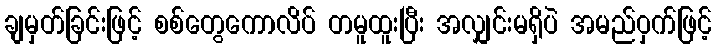
ချမှတ်ခြင်းဖြင့် စစ်တွေကောလိပ် တမူထူးပြီး အလျှင်းမရှိပဲ အမည်ဝှက်ဖြင့်